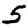
Digit: 5